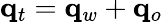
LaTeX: \mathbf{q}_{t}=\mathbf{q}_{w}+\mathbf{q}_{o}